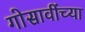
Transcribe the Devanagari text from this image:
गोसावींच्या